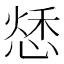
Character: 𢝲